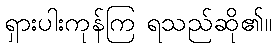
ရှားပါးကုန်ကြ ရသည်ဆို၏။